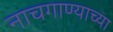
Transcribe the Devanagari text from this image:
नाचगाण्याच्या